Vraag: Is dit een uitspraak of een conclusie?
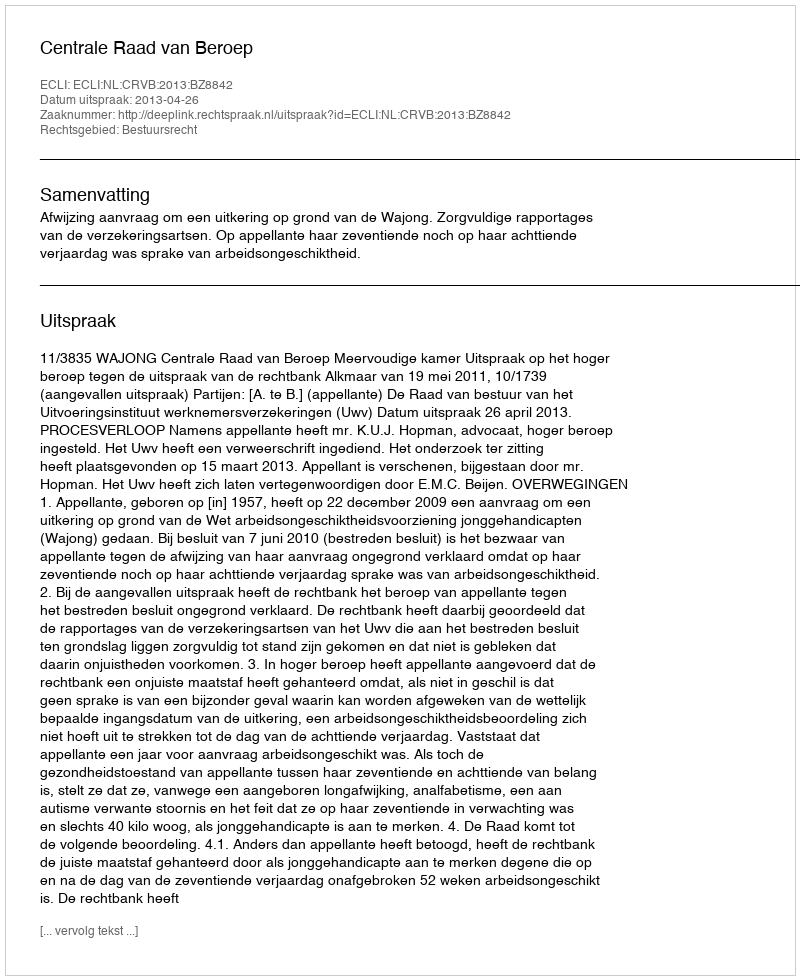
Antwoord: Uitspraak